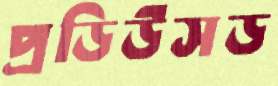
প্রডিউসড